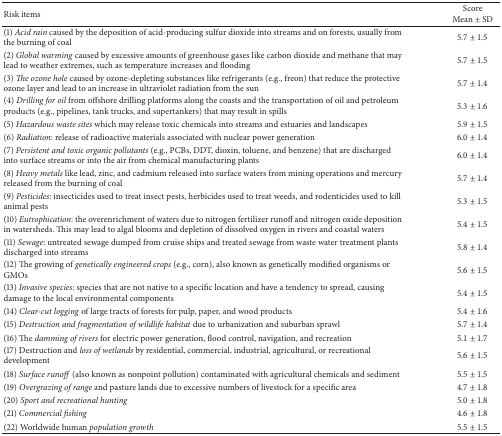
<table><thead><tr><td><b>Risk items</b></td><td><b>ScoreMean ± SD</b></td></tr></thead><tbody><tr><td>(1)<i> Acid rain </i>caused by the deposition of acid-producing sulfur dioxide into streams and on forests, usually from the burning of coal</td><td>5.7 ± 1.5</td></tr><tr><td>(2)<i> Global warming </i>caused by excessive amounts of greenhouse gases like carbon dioxide and methane that may lead to weather extremes, such as temperature increases and flooding</td><td>5.7 ± 1.5</td></tr><tr><td>(3) <i>The ozone hole </i>caused by ozone-depleting substances like refrigerants (e.g., freon) that reduce the protective ozone layer and lead to an increase in ultraviolet radiation from the sun</td><td>5.7 ± 1.4</td></tr><tr><td>(4)<i> Drilling for oil </i>from offshore drilling platforms along the coasts and the transportation of oil and petroleum products (e.g., pipelines, tank trucks, and supertankers) that may result in spills</td><td>5.3 ± 1.6</td></tr><tr><td>(5)<i> Hazardous waste sites </i>which may release toxic chemicals into streams and estuaries and landscapes</td><td>5.9 ± 1.5</td></tr><tr><td>(6)<i> Radiation</i>: release of radioactive materials associated with nuclear power generation</td><td>6.0 ± 1.4</td></tr><tr><td>(7)<i> Persistent and toxic organic pollutants </i>(e.g., PCBs, DDT, dioxin, toluene, and benzene) that are discharged into surface streams or into the air from chemical manufacturing plants</td><td>6.0 ± 1.4</td></tr><tr><td>(8)<i> Heavy metals </i>like lead, zinc, and cadmium released into surface waters from mining operations and mercury released from the burning of coal</td><td>5.7 ± 1.4</td></tr><tr><td>(9)<i> Pesticides</i>: insecticides used to treat insect pests, herbicides used to treat weeds, and rodenticides used to kill animal pests</td><td>5.3 ± 1.5</td></tr><tr><td>(10)<i> Eutrophication</i>: the overenrichment of waters due to nitrogen fertilizer runoff and nitrogen oxide deposition in watersheds. This may lead to algal blooms and depletion of dissolved oxygen in rivers and coastal waters</td><td>5.4 ± 1.5</td></tr><tr><td>(11)<i> Sewage</i>: untreated sewage dumped from cruise ships and treated sewage from waste water treatment plants discharged into streams</td><td>5.8 ± 1.4</td></tr><tr><td>(12) The growing of <i>genetically engineered crops </i>(e.g., corn), also known as genetically modified organisms or GMOs</td><td>5.6 ± 1.5</td></tr><tr><td>(13) <i>Invasive species</i>: species that are not native to a specific location and have a tendency to spread, causing damage to the local environmental components</td><td>5.4 ± 1.5</td></tr><tr><td>(14) <i>Clear-cut logging </i>of large tracts of forests for pulp, paper, and wood products</td><td>5.4 ± 1.6</td></tr><tr><td>(15) <i>Destruction and fragmentation of wildlife habitat</i> due to urbanization and suburban sprawl</td><td>5.7 ± 1.4</td></tr><tr><td>(16) The <i>damming of rivers </i>for electric power generation, flood control, navigation, and recreation</td><td>5.1 ± 1.7</td></tr><tr><td>(17) Destruction and <i>loss of wetlands </i>by residential, commercial, industrial, agricultural, or recreational development</td><td>5.6 ± 1.5</td></tr><tr><td>(18)<i> Surface runoff </i>(also known as nonpoint pollution) contaminated with agricultural chemicals and sediment</td><td>5.5 ± 1.5</td></tr><tr><td>(19) <i>Overgrazing of range </i>and pasture lands due to excessive numbers of livestock for a specific area</td><td>4.7 ± 1.8</td></tr><tr><td>(20) <i>Sport and recreational hunting</i></td><td>5.0 ± 1.8</td></tr><tr><td>(21) <i>Commercial fishing</i></td><td>4.6 ± 1.8</td></tr><tr><td>(22) Worldwide human <i>population growth</i></td><td>5.5 ± 1.5</td></tr></tbody></table>